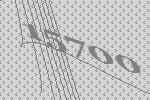
15700